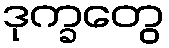
ဒုက္ခတွေ